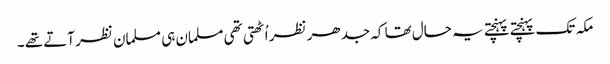
مکہ تک پہنچتے پہنچتے یہ حال تھا کہ جدھر نظر اُٹھتی تھی مسلمان ہی مسلمان نظر آتے تھے ۔